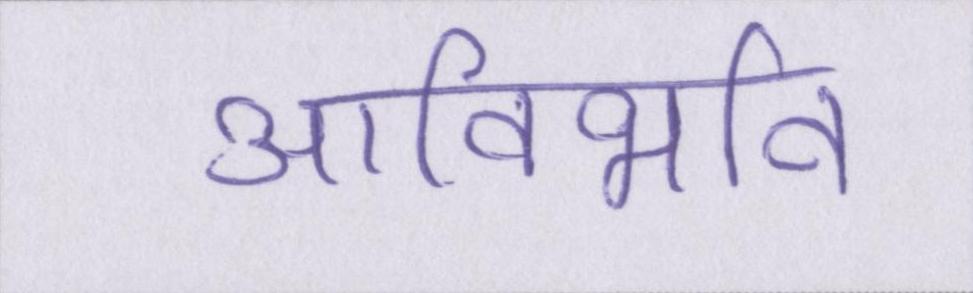
आविर्भाव